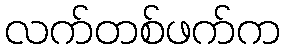
လက်တစ်ဖက်က